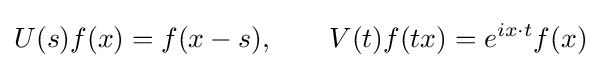
U(s)f(x)=f(x-s),\qquad V(t)f(tx)=e^{ix\cdot t}f(x)